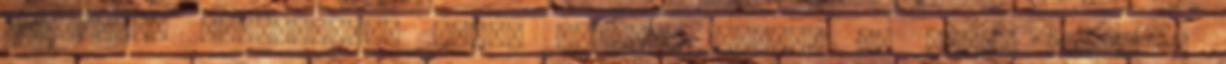
ügyfélnek javíttatni. Bátor lépésre szánta el magát azzal a